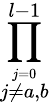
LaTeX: \prod_{\stackrel{j=0}{j\neq a,b}}^{l-1}